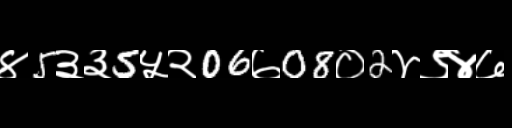
Text: ४5३३5५२06७08०2४९४७